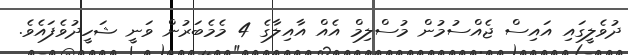
ދުވެލީގައި އައިސް ޖެއްސުމުން މުސްލިމް އެއް އާއިލާގެ 4 މެމެބަރުން ވަނީ ޝަހީދުވެފައެވެ.